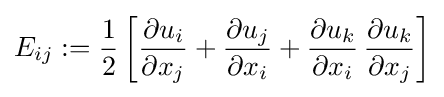
E_{ij}:={\frac {1}{2}}\left[{\frac {\partial u_{i}}{\partial x_{j}}}+{\frac {\partial u_{j}}{\partial x_{i}}}+{\frac {\partial u_{k}}{\partial x_{i}}}\,{\frac {\partial u_{k}}{\partial x_{j}}}\right]